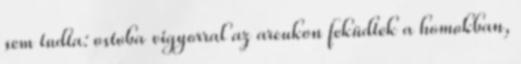
sem tudta: ostoba vigyorral az arcukon feküdtek a homokban,